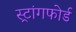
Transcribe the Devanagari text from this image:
स्ट्रांगफोर्ड